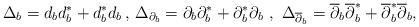
LaTeX: \begin{align*}\Delta_b=d_bd_b^\ast+d_b^\ast d_b\,,\,\Delta_{\partial_b}=\partial_b\partial_b^*+\partial_b^*\partial_b\,\,,\,\,\Delta_{\overline{\partial}_b}=\overline{\partial}_b\overline{\partial}_b^*+\overline{\partial}_b^*\overline{\partial}_b,\end{align*}